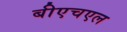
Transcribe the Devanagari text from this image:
बीएचएल